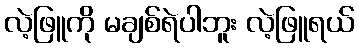
လဲ့ဖြူကို မချစ်ရဲပါဘူး လဲ့ဖြူရယ်